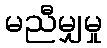
မညီမျှမှု